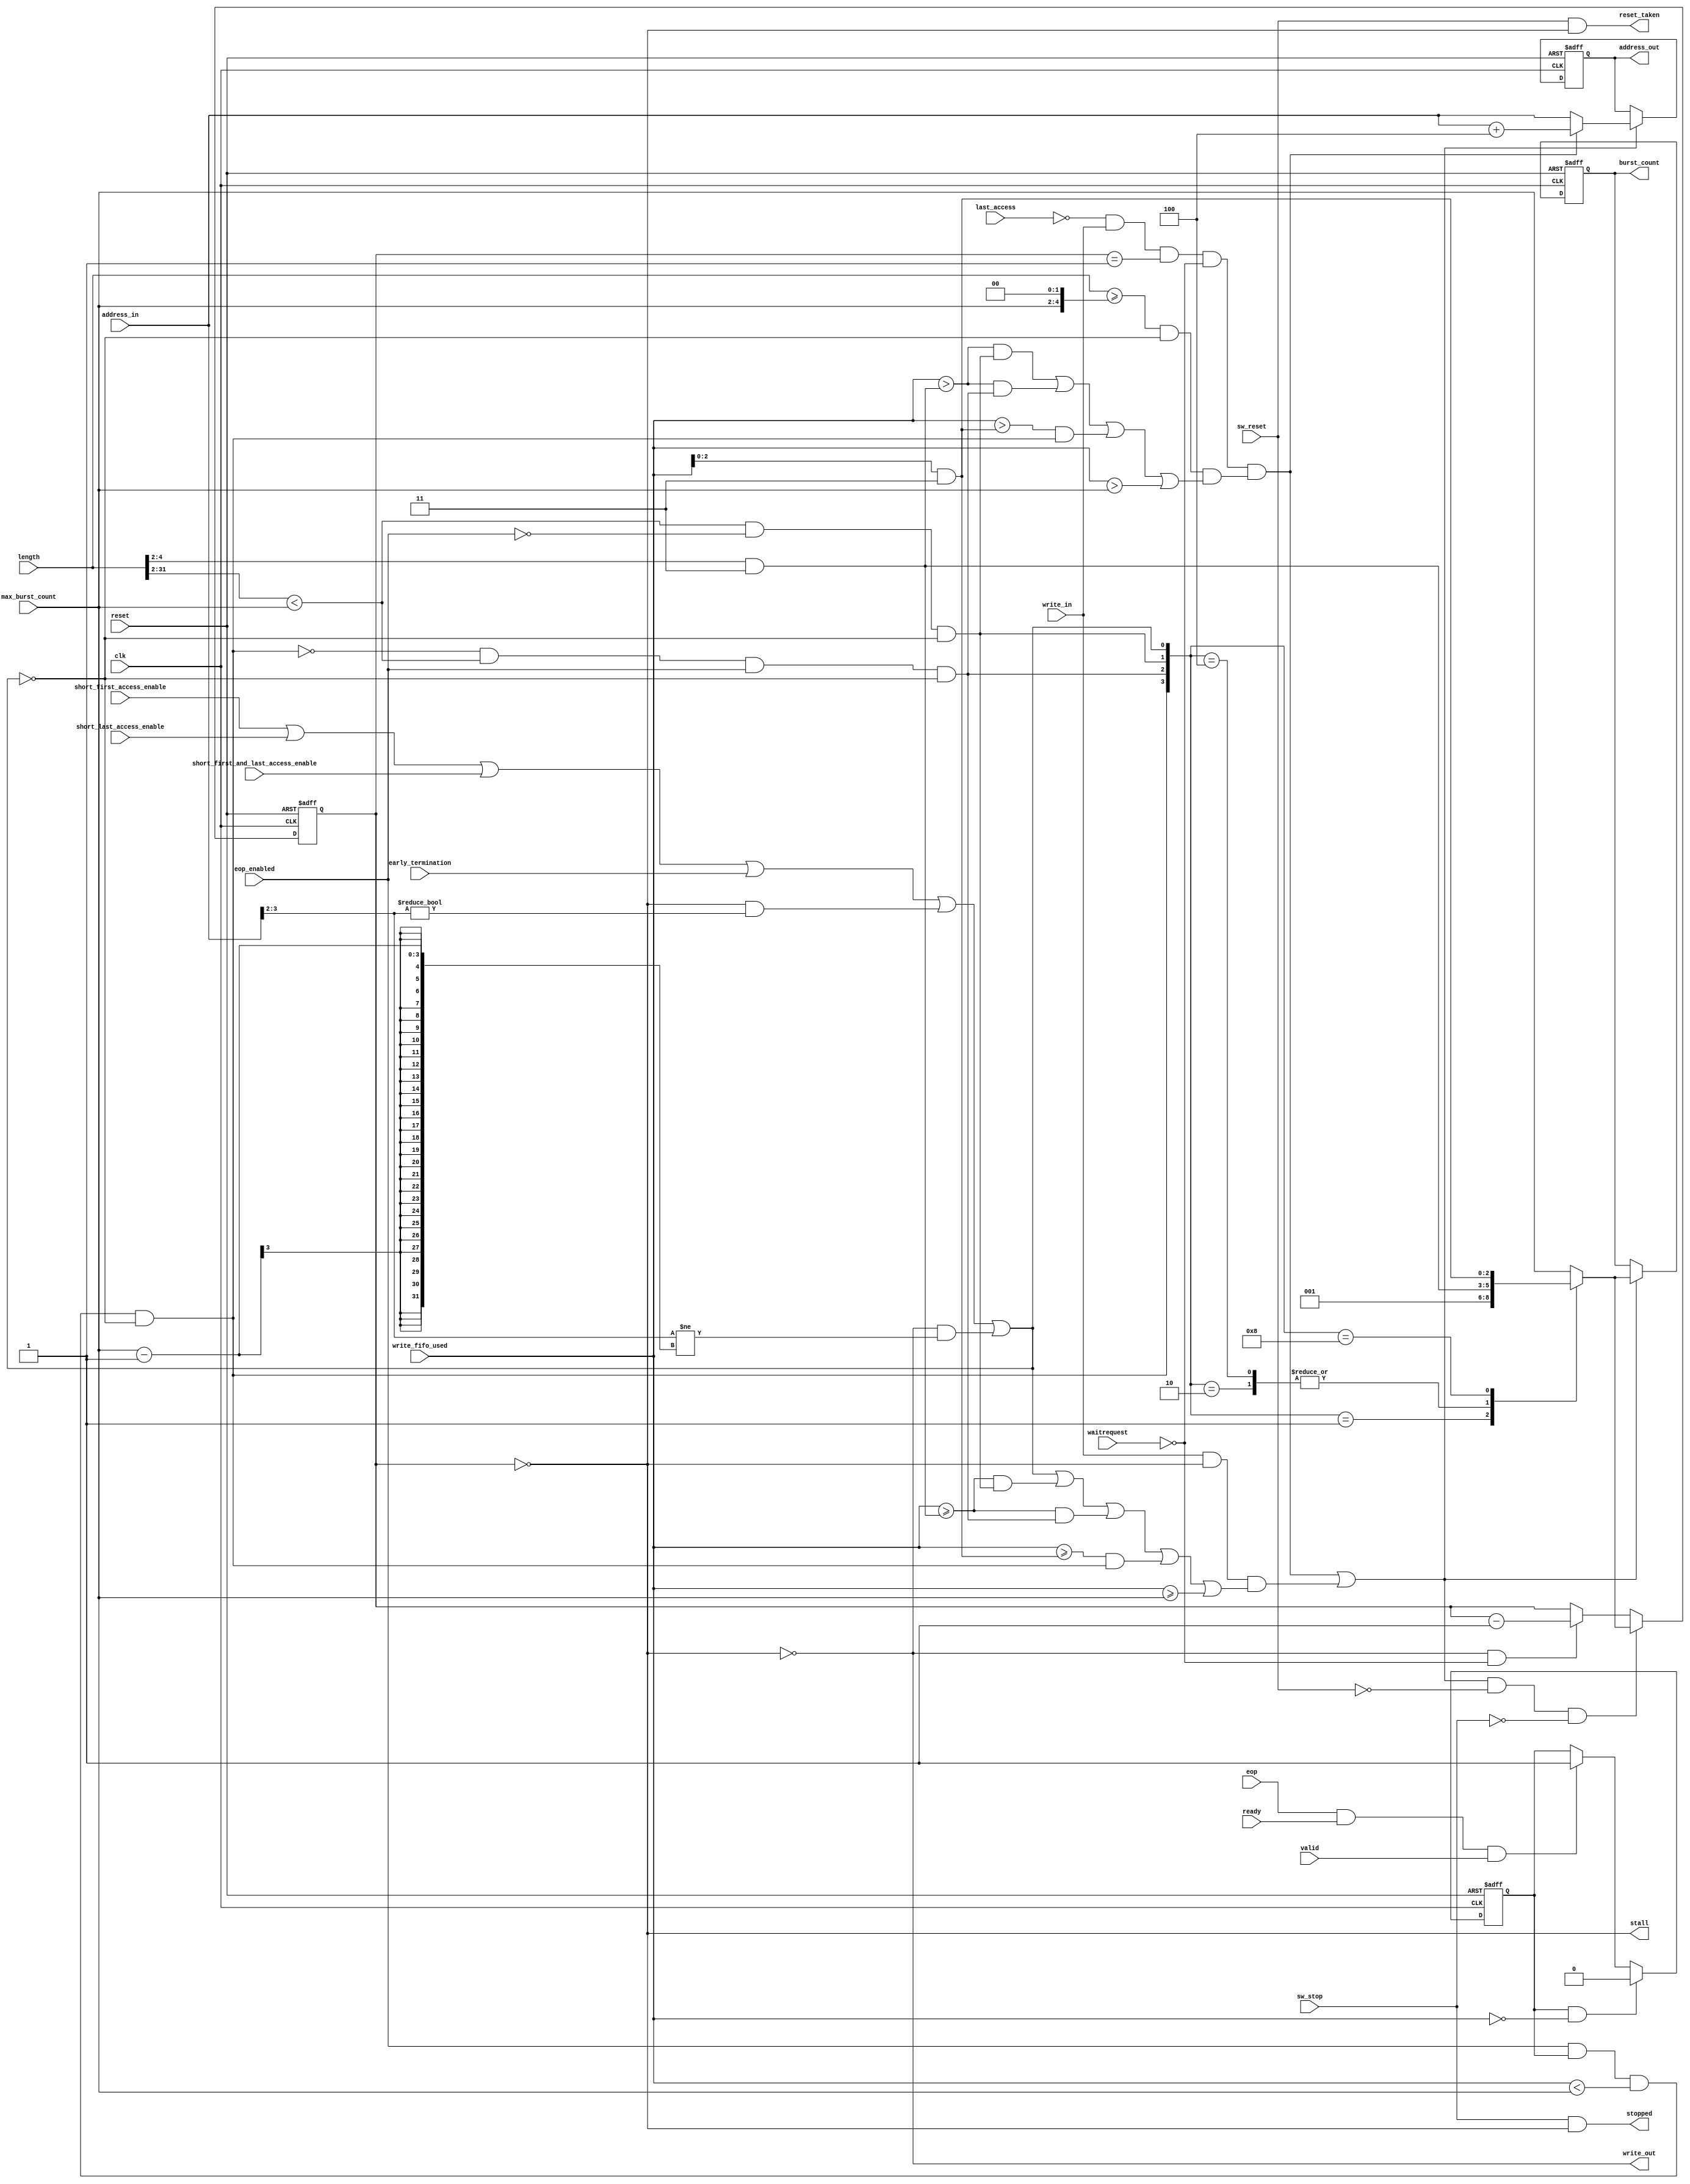
// (C) 2001-2020 Intel Corporation. All rights reserved.
// Your use of Intel Corporation's design tools, logic functions and other 
// software and tools, and its AMPP partner logic functions, and any output 
// files from any of the foregoing (including device programming or simulation 
// files), and any associated documentation or information are expressly subject 
// to the terms and conditions of the Intel Program License Subscription 
// Agreement, Intel FPGA IP License Agreement, or other applicable 
// license agreement, including, without limitation, that your use is for the 
// sole purpose of programming logic devices manufactured by Intel and sold by 
// Intel or its authorized distributors.  Please refer to the applicable 
// agreement for further details.


/*
  This block is responsible determine the appropriate burst count based on the
  master length register as well as the buffer watermark and eop/early termination
  conditions.

  Within this block is a burst counter which is used to control when the next burst
  is started.  This down counter is loaded with whatever burst count is presented
  to the fabric and counts down when waitrequest is deasserted.  When it reaches 1
  it can either start another burst or reach 0.  When the counter reaches 0 this is
  considered the idle state which can occur if there is not enough data buffered to
  start another burst.

  During write bursts the address and burst count must be held for all the beats.
  This block will register the address and burst count to keep these signals
  held constant to the fabric.  This block will not begin a burst until enough
  data has been buffered to start the burst so it will assert the stall signal
  to keep the write master from advancing to the next word (just like waitrequest)
  and will filter the write signal accordingly. 


  Revision History:

  1.0 Initial version
  
  1.1 Added sw_stop and stopped so that the write master will not be
      stopped in the middle of a burst write transaction.
  
  1.2 Added the sink ready and valid signals to this block and qualified the
      eop signal with them.

*/


// synthesis translate_off
`timescale 1ns / 1ps
// synthesis translate_on

// turn off superfluous verilog processor warnings 
// altera message_level Level1 
// altera message_off 10034 10035 10036 10037 10230 10240 10030 


module write_burst_control (
  clk,
  reset,
  sw_reset,
  sw_stop,

  length,
  eop_enabled,
  eop,
  ready,
  valid,
  early_termination,
  address_in,
  write_in,
  max_burst_count,
  write_fifo_used,
  waitrequest,
  short_first_access_enable,
  short_last_access_enable,
  short_first_and_last_access_enable,
  last_access,  // JCJB:  new signal to let the burst counter reload logic know not to reload if the final word is being written to memory and data if buffered in FIFO

  address_out,
  write_out,
  burst_count,
  stall,
  reset_taken,
  stopped
);

  parameter BURST_ENABLE = 1;  // set to 0 to hardwire the address and write signals straight out
  parameter BURST_COUNT_WIDTH = 3;
  parameter WORD_SIZE = 4;
  parameter WORD_SIZE_LOG2 = 2;
  parameter ADDRESS_WIDTH = 32;
  parameter LENGTH_WIDTH = 32;
  parameter WRITE_FIFO_USED_WIDTH = 5;
  parameter BURST_WRAPPING_SUPPORT = 1;  // set 1 for on, set 0 for off.  This parameter can't be enabled when the master supports programmable bursting.
  localparam BURST_OFFSET_WIDTH = (BURST_COUNT_WIDTH == 1)? 1: (BURST_COUNT_WIDTH-1);

  input clk;
  input reset;
  input sw_reset;
  input sw_stop;

  input [LENGTH_WIDTH-1:0] length;
  input eop_enabled;
  input eop;
  input ready;
  input valid;
  input early_termination;
  input [ADDRESS_WIDTH-1:0] address_in;
  input write_in;
  input [BURST_COUNT_WIDTH-1:0] max_burst_count;  // will be either a hardcoded input or programmable
  input [WRITE_FIFO_USED_WIDTH:0] write_fifo_used;  // using the fifo full MSB as well
  input waitrequest;  // this needs to be the waitrequest from the fabric and not the byte enable generator since partial transfers count as burst beats
  input short_first_access_enable;
  input short_last_access_enable;
  input short_first_and_last_access_enable;
  // JCJB:  Added done input so that we can suppress the burst counter from incorrectly reloading at the end of a transfer
  input last_access;

  output wire [ADDRESS_WIDTH-1:0] address_out;
  output wire write_out;
  output wire [BURST_COUNT_WIDTH-1:0] burst_count;
  output wire stall;  // need to issue a stall if there isn't enough data buffered to start a burst
  output wire reset_taken;  // if a reset occurs in the middle of a burst larger than 1 then the write master needs to know that the burst hasn't completed yet
  output wire stopped;  // if a stop occurs in the middle of a burst larger than 1 then the write master needs to know that the burst hasn't completed yet


  reg [ADDRESS_WIDTH-1:0] address_d1;
  reg [BURST_COUNT_WIDTH-1:0] burst_counter;  // interal statemachine register
  wire idle_state;
  wire decrement_burst_counter;
  wire ready_during_idle_state;  // when there is enough data buffered to start up the burst counter state machine again
  wire ready_for_quick_burst;    // when there is enough data bufferred to start another burst immediately 
  wire burst_begin_from_idle_state;
  wire burst_begin_quickly;      // start another burst immediately after the previous burst completes
  wire burst_begin;
  wire burst_of_one_enable;      // asserted when partial word accesses are occuring or the last early termination word is being written out
  wire [BURST_COUNT_WIDTH-1:0] short_length_burst;
  wire [BURST_COUNT_WIDTH-1:0] short_packet_burst;
  wire short_length_burst_enable;
  wire short_early_termination_burst_enable;
  wire short_packet_burst_enable;
  wire [3:0] mux_select;
  reg [BURST_COUNT_WIDTH-1:0] internal_burst_count;
  reg [BURST_COUNT_WIDTH-1:0] internal_burst_count_d1;
  reg packet_complete;
  wire [BURST_OFFSET_WIDTH-1:0] burst_offset;



  always @ (posedge clk or posedge reset)
  begin
    if (reset)
    begin
      packet_complete <= 0;
    end
    else
    begin
      if ((packet_complete == 1) & (write_fifo_used == 0))
      begin
        packet_complete <= 0;
      end
      else if ((eop == 1) & (ready == 1) & (valid == 1))
      begin
        packet_complete <= 1;
      end
    end
  end


  always @ (posedge clk or posedge reset)
  begin
    if (reset)
    begin
      address_d1 <= 0;
    end
    else if (burst_begin == 1)
    begin
      address_d1 <= (burst_begin_quickly == 1)? (address_in + WORD_SIZE) : address_in;
    end
  end


  always @ (posedge clk or posedge reset)
  begin
    if (reset)
    begin
      burst_counter <= 0;
    end
    else
    if ((burst_begin == 1) & (sw_reset == 0) & (sw_stop == 0))  // for reset and stop we need to let the burst complete so the fabric doesn't lock up
    begin
      burst_counter <= internal_burst_count;
    end
    else if (decrement_burst_counter == 1)
    begin
      burst_counter <= burst_counter - 1'b1;
    end
  end


  always @ (posedge clk or posedge reset)
  begin
    if (reset)
    begin
      internal_burst_count_d1 <= 0;
    end
    else if (burst_begin == 1)
    begin
      internal_burst_count_d1 <= internal_burst_count;
    end
  end


  // state machine status and control
  assign idle_state = (burst_counter == 0);  // any time idle_state is set then there is no burst underway
  assign decrement_burst_counter = (idle_state == 0) & (waitrequest == 0);

  // control for all the various cases that a burst of one beat needs to be posted
  assign burst_offset = address_in[BURST_OFFSET_WIDTH+WORD_SIZE_LOG2-1:WORD_SIZE_LOG2];
  assign burst_of_one_enable = (short_first_access_enable == 1) | (short_last_access_enable == 1) | (short_first_and_last_access_enable == 1) | (early_termination == 1) |
                               ((BURST_WRAPPING_SUPPORT == 1) & (idle_state == 1) & (burst_offset != 0)) |  // need to make sure bursts start on burst boundaries
                               ((BURST_WRAPPING_SUPPORT == 1) & (idle_state == 0) & (burst_offset != (max_burst_count - 1)));  // need to make sure bursts start on burst boundaries
  assign short_length_burst_enable = ((length >> WORD_SIZE_LOG2) < max_burst_count) & (eop_enabled == 0) & (burst_of_one_enable == 0);
  assign short_early_termination_burst_enable = (short_packet_burst_enable == 0) & ((length >> WORD_SIZE_LOG2) < max_burst_count) & (eop_enabled == 1) & (burst_of_one_enable == 0);  // trim back the burst count regardless if there is enough data buffered for a full burst
  assign short_packet_burst_enable = (eop_enabled == 1) & (packet_complete == 1) & (write_fifo_used < max_burst_count) & (burst_of_one_enable == 0);

  // various burst amounts that are not the max burst count or 1 that feed the internal_burst_count mux.  short_length_burst is used when short_length_burst_enable or short_early_termination_burst_enable is asserted.
generate
if (BURST_COUNT_WIDTH > 1) begin
  assign short_length_burst = (length >> WORD_SIZE_LOG2) & {(BURST_COUNT_WIDTH-1){1'b1}};
  assign short_packet_burst = (write_fifo_used & {(BURST_COUNT_WIDTH-1){1'b1}});
end
else begin
  assign short_length_burst = 1'b1;
  assign short_packet_burst = 1'b1;
end
endgenerate

  // since the write master may not have enough data buffered in the FIFO to start a burst the FIFO fill level must be checked before starting another burst
  assign ready_during_idle_state = (burst_of_one_enable == 1) |  // burst of one is only enabled when there is data in the write fifo so write_fifo_used doesn't need to be checked in this case
                                   ((write_fifo_used >= short_length_burst) & (short_length_burst_enable == 1)) |
                                   ((write_fifo_used >= short_length_burst) & (short_early_termination_burst_enable == 1)) |
                                   ((write_fifo_used >= short_packet_burst) & (short_packet_burst_enable == 1)) |
                                    (write_fifo_used >= max_burst_count);

  // same as ready_during_idle_state only we need to make sure there is more data in the fifo than the burst being posted (since the FIFO is in the middle of being popped)
  assign ready_for_quick_burst = (length >= (max_burst_count << WORD_SIZE_LOG2)) & (burst_of_one_enable == 0) &  // address and length lags by one clock cycle so this will let the state machine catch up
                                 (  ((write_fifo_used > short_length_burst) & (short_length_burst_enable == 1)) |
                                    ((write_fifo_used > short_length_burst) & (short_early_termination_burst_enable == 1)) |
                                    ((write_fifo_used > short_packet_burst) & (short_packet_burst_enable == 1)) |
                                     (write_fifo_used > max_burst_count)  );


  // burst begin signals used to start up the burst counter state machine
  assign burst_begin_from_idle_state = (write_in == 1) & (idle_state == 1) & (ready_during_idle_state == 1);   // start the state machine up again
  /* JCJB:  added qualifier (last_access == 0) to make sure when the last beat of the last burst completes we don't reload the burst
            counter if there is ample data already buffered for the next descriptor.  The burst counter being non-zero is what
            drives write_out high.  This qualifier is not needed for burst_begin_from_idle_state since there is already an idle cycle between
            writes so that write_in will already be low in time and buffered data won't reload the burst counter.
  */
  assign burst_begin_quickly = (last_access == 0) & (write_in == 1) & (burst_counter == 1) & (waitrequest == 0) & (ready_for_quick_burst == 1); // enough data is buffered to start another burst immediately after the current burst
  assign burst_begin = (burst_begin_quickly == 1) | (burst_begin_from_idle_state == 1);

  assign mux_select = {short_packet_burst_enable, short_early_termination_burst_enable, short_length_burst_enable, burst_of_one_enable};

  // one-hot mux that selects the appropriate burst count to present to the fabric
  always @ (short_length_burst or short_packet_burst or max_burst_count or mux_select)
  begin
    case (mux_select)
      4'b0001 : internal_burst_count = 1;
      4'b0010 : internal_burst_count = short_length_burst;
      4'b0100 : internal_burst_count = short_length_burst;
      4'b1000 : internal_burst_count = short_packet_burst;
      default : internal_burst_count = max_burst_count;
    endcase
  end


generate
  if (BURST_ENABLE == 1)
  begin
    // outputs that need to be held constant throughout the entire burst transaction
    assign address_out = address_d1;
    assign burst_count = internal_burst_count_d1;
    assign write_out = (idle_state == 0);
    assign stall = (idle_state == 1);
    assign reset_taken = (sw_reset == 1) & (idle_state == 1);  // for bursts of 1 the write master logic will handle the correct reset timing
	assign stopped = (sw_stop == 1) & (idle_state == 1);       // for bursts of 1 the write master logic will handle the correct stop timing
  end
  else
  begin
    assign address_out = address_in;
    assign burst_count = 1;  // this will be stubbed at the top level
    assign write_out = write_in;
    assign stall = 0;
    assign reset_taken = sw_reset;
	assign stopped = sw_stop;
  end
endgenerate

endmodule